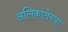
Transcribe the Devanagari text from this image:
अलिकांतेच्या